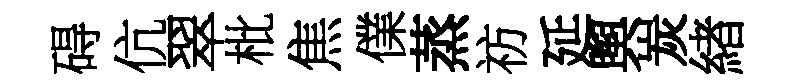
碍伉翠枇焦㒒蒸祊延舆炭緖